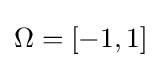
\Omega =\left[-1,1\right]